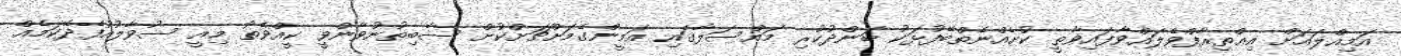
އަމިއްލައަށް އިޢްތިރާފްވެލައްވާފައިވާތީ ކުށެއްނެތްބޭފުޅަކު ބަންދުކުރި މައްސަލާގައި އަމީންގެމަށްޗަށްކުށް ސާބިތުނުވާންވީ ކީއްވެތޯ މިއީ ސުވާލުއުފެދޭކަމެއް